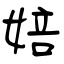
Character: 婄